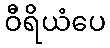
ဝီရိယံပေ